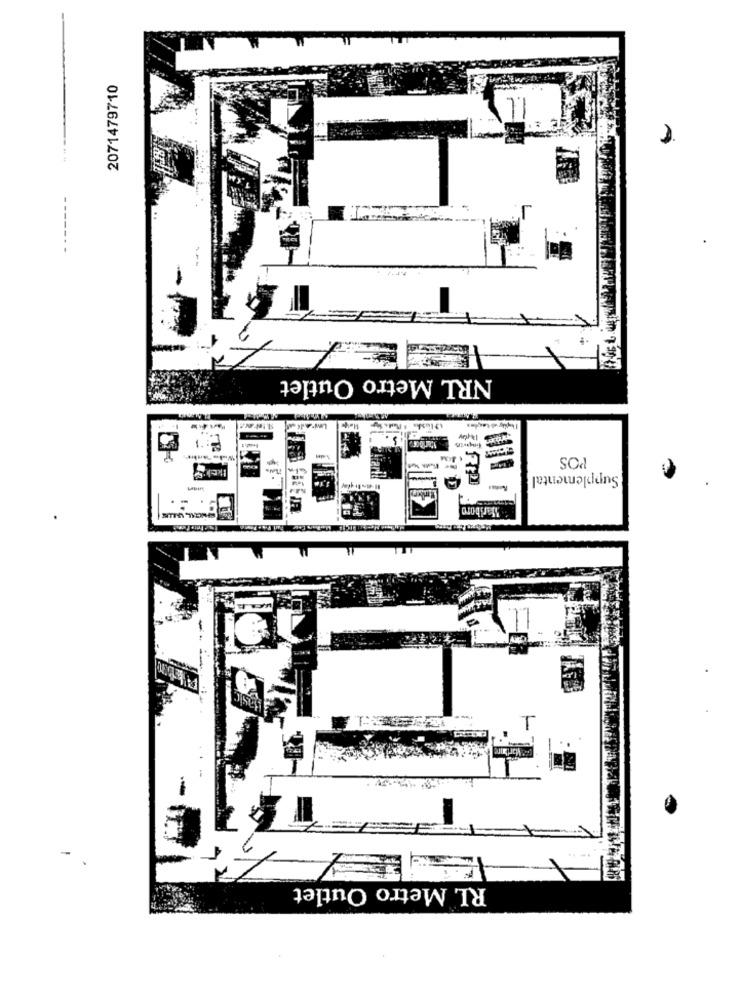
2071479710
NRL Metro Outlet
SOd
Supplemental
Marlboro
T
RL Metro Outlet